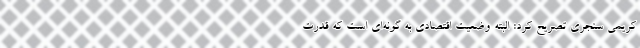
کریمی‌ سنجری تصریح کرد: البته وضعیت اقتصادی به گونه‌ای است که قدرت